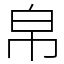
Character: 帛